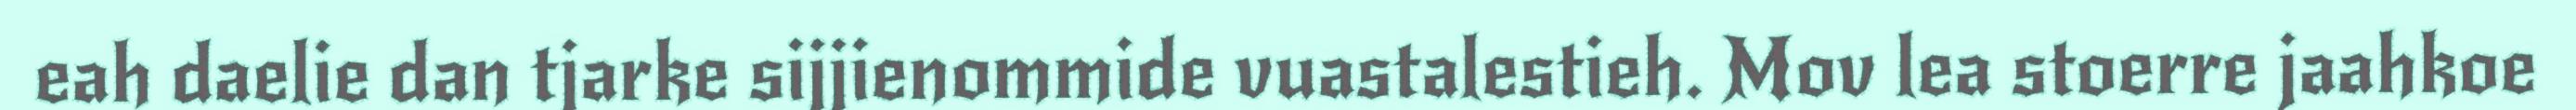
eah daelie dan tjarke sijjienommide vuastalestieh. Mov lea stoerre jaahkoe